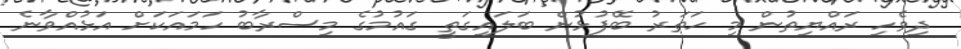
ދިވެހި ރައްޔިތުން މި ހަތަރު ބޭފުޅުން ބަލައިގަތީ ގައުމުގެ މިސްރާބު ހަމައަކަށް އަޅުއްވާނެ